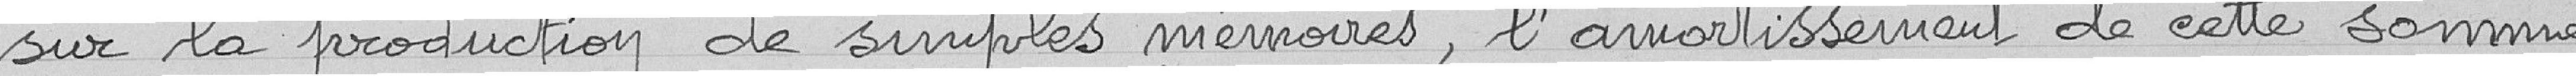
sur la production de simples mémoires, l'amortissement de cette somme